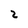
Character: 2